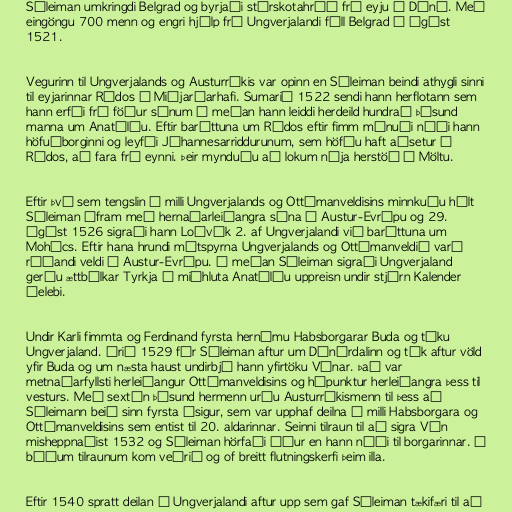
Súleiman umkringdi Belgrad og byrjaði stórskotahríð frá eyju í Dóná. Með
eingöngu 700 menn og engri hjálp frá Ungverjalandi féll Belgrad í ágúst
1521.

Vegurinn til Ungverjalands og Austurríkis var opinn en Súleiman beindi athygli sinni
til eyjarinnar Ródos í Miðjarðarhafi. Sumarið 1522 sendi hann herflotann sem
hann erfði frá föður sínum á meðan hann leiddi herdeild hundrað þúsund
manna um Anatólíu. Eftir baráttuna um Ródos eftir fimm mánuði náði hann
höfuðborginni og leyfði Jóhannesarriddurunum, sem höfðu haft aðsetur á
Ródos, að fara frá eynni. Þeir mynduðu að lokum nýja herstöð á Möltu.

Eftir því sem tengslin á milli Ungverjalands og Ottómanveldisins minnkuðu hélt
Súleiman áfram með hernaðarleiðangra sína í Austur-Evrópu og 29.
ágúst 1526 sigraði hann Loðvík 2. af Ungverjalandi við baráttuna um
Mohács. Eftir hana hrundi mótspyrna Ungverjalands og Ottómanveldið varð
ráðandi veldi í Austur-Evrópu. Á meðan Súleiman sigraði Ungverjaland
gerðu ættbálkar Tyrkja í miðhluta Anatólíu uppreisn undir stjórn Kalender
Çelebi.

Undir Karli fimmta og Ferdinand fyrsta hernámu Habsborgarar Buda og tóku
Ungverjaland. Árið 1529 fór Súleiman aftur um Dónárdalinn og tók aftur völd
yfir Buda og um næsta haust undirbjó hann yfirtöku Vínar. Það var
metnaðarfyllsti herleiðangur Ottómanveldisins og hápunktur herleiðangra þess til
vesturs. Með sextán þúsund hermenn urðu Austurríkismenn til þess að
Súleimann beið sinn fyrsta ósigur, sem var upphaf deilna á milli Habsborgara og
Ottómanveldisins sem entist til 20. aldarinnar. Seinni tilraun til að sigra Vín
misheppnaðist 1532 og Súleiman hörfaði áður en hann náði til borgarinnar. Í
báðum tilraunum kom veðrið og of breitt flutningskerfi þeim illa.

Eftir 1540 spratt deilan í Ungverjalandi aftur upp sem gaf Súleiman tækifæri til að